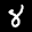
Label: 8